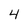
Character: 4